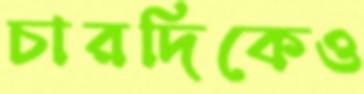
চারদিকেও